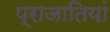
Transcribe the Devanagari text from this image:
प्राजातियां